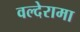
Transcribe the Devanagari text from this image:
वल्देरामा